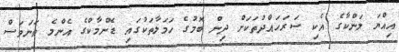
އިއްޔަ ލަންކާގެ އެކި ސަރަހައްދުތަކަށް ދިން ބޮމުގެ ހަމަލާތަކުގައި ޑެންމާކްގެ އެންމެ ތަނަވަސް